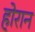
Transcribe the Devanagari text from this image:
होरान